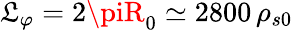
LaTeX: {\mathfrak{L}_{\varphi}=2\piR_{0}\simeq2800\, \rho_{s0}}